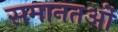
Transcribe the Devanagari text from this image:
समानतओं